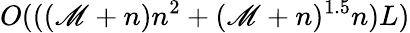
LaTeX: {O}(((\mathscr{M}+n)n^{2}+(\mathscr{M}+n)^{1.5}n)L)